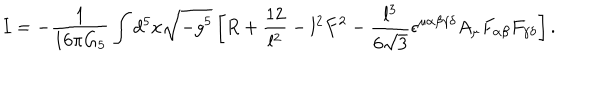
I = - { \frac { 1 } { 1 6 \pi G _ { 5 } } } \int d ^ { 5 } x \sqrt { - g ^ { 5 } } \left[ R + { \frac { 1 2 } { l ^ { 2 } } } - { l ^ { 2 } } F ^ { 2 } - { \frac { l ^ { 3 } } { 6 \sqrt { 3 } } } \epsilon ^ { \mu \alpha \beta \gamma \delta } A _ { \mu } F _ { \alpha \beta } F _ { \gamma \delta } \right] .